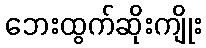
ဘေးထွက်ဆိုးကျိုး